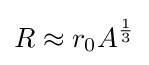
R\approx r_{0}A^{\frac {1}{3}}